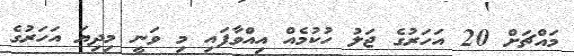
މައްޗަށް 20 އަހަރުގެ ޖަލު ހުކުމެއް އިއްވާފައި މި ވަނީ މިދިޔަ އަހަރުގެ